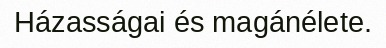
Házasságai és magánélete.